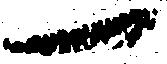
一